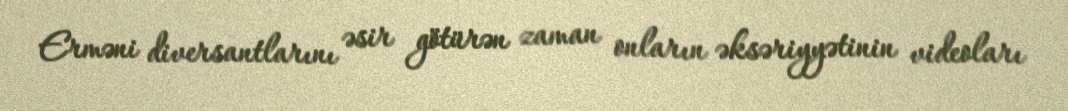
Erməni diversantlarını əsir götürən zaman onların əksəriyyətinin videoları